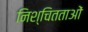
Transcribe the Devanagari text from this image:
निश्चितताओं